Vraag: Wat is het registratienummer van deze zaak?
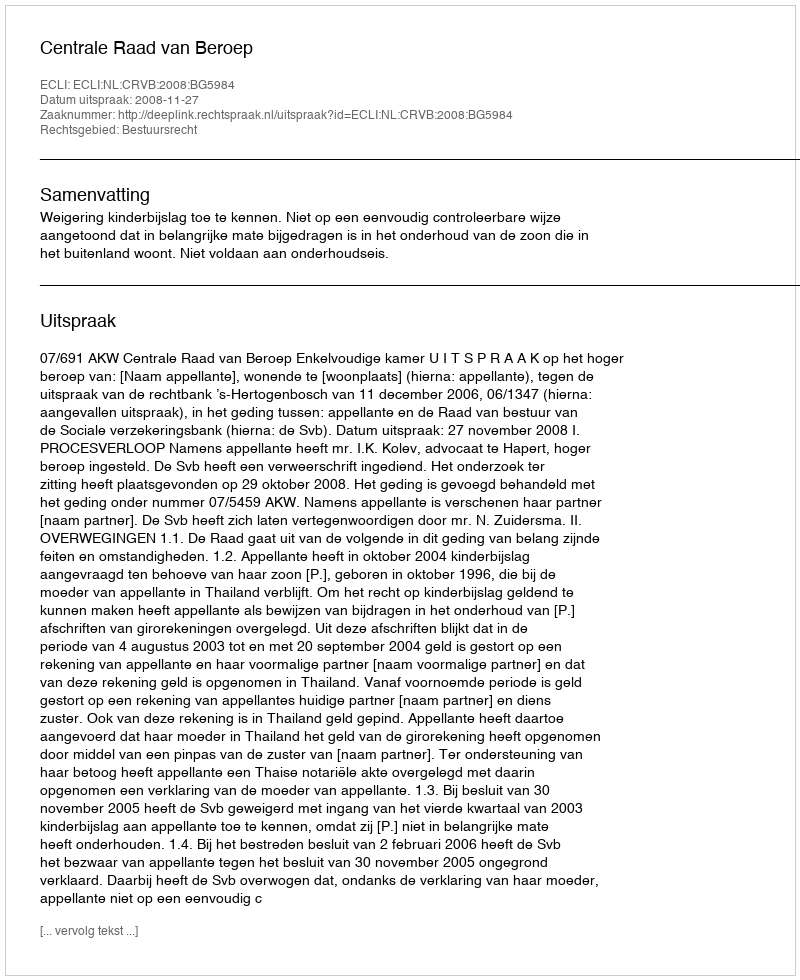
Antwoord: http://deeplink.rechtspraak.nl/uitspraak?id=ECLI:NL:CRVB:2008:BG5984